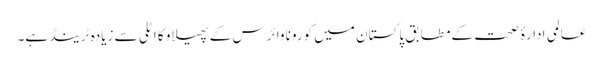
عالمی ادارۂ صحت کے مطابق پاکستان میں کورونا وائرس کے پھیلاو کا اٹلی سے زیادہ ٹرینڈ ہے۔